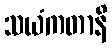
သယံကတာနိ